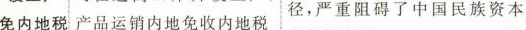
免内地税 产品运销内地免收内地税 径,严重阻碍了中国民族资本